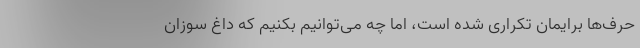
حرف‌ها برایمان تکراری شده است، اما چه می‌توانیم بکنیم که داغ سوزان